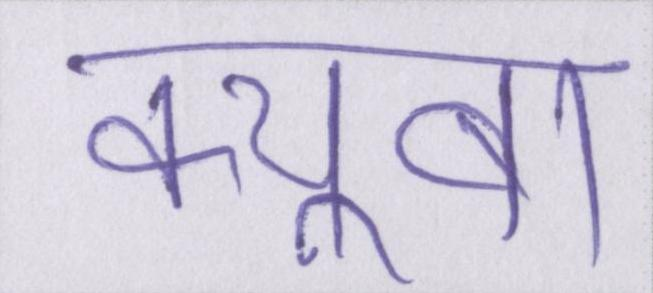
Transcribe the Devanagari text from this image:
क्यूबा